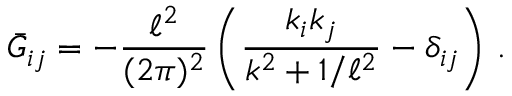
\bar { G } _ { i j } = - \frac { \ell ^ { 2 } } { ( 2 \pi ) ^ { 2 } } \left( \frac { k _ { i } k _ { j } } { k ^ { 2 } + 1 / \ell ^ { 2 } } - \delta _ { i j } \right) \, .